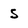
Character: 5